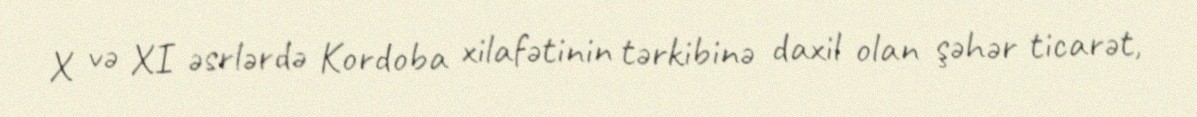
X və XI əsrlərdə Kordoba xilafətinin tərkibinə daxil olan şəhər ticarət,